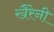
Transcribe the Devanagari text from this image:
खैरेनी